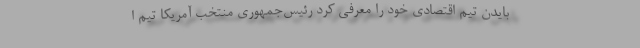
بایدن تیم اقتصادی خود را معرفی کرد رئیس‌جمهوری منتخب آمریکا تیم ا